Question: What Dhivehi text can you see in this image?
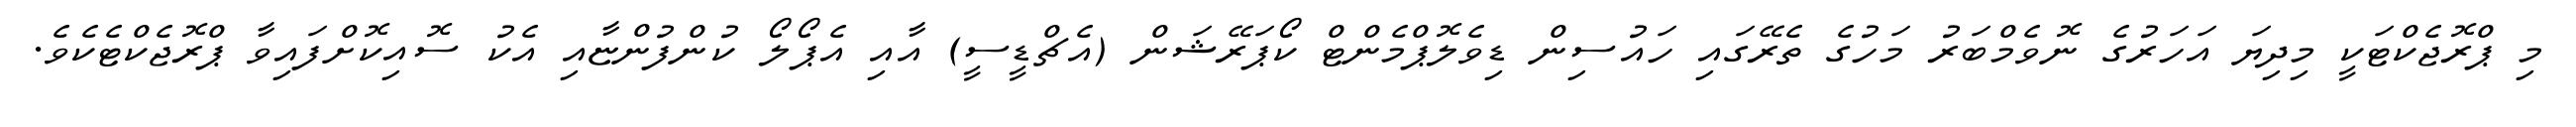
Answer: މި ޕްރޮޖެކްޓަކީ މިދިޔަ އަހަރުގެ ނޮވެމްބަރު މަހުގެ ތެރޭގައި ހައުސިން ޑިވެލޮޕްމެންޓް ކޯޕަރޭޝަން (އެޗްޑީސީ) އާއި އެޕޯލޯ ކުންފުންޏާއި އެކު ސޮއިކޮށްފައިވާ ޕްރޮޖެކްޓެކެވެ.